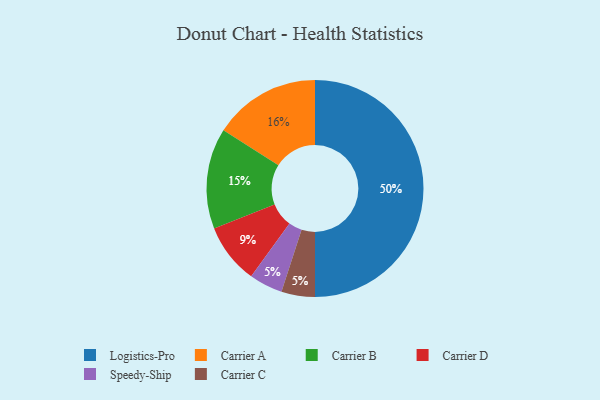
{"axis": {"x": "Category", "y": "Percentage"}, "legend": ["Carrier A", "Carrier B", "Carrier C", "Carrier D", "Logistics-Pro", "Speedy-Ship"], "data": [{"x": "Carrier B", "y": 15, "type": "Carrier B"}, {"x": "Logistics-Pro", "y": 50, "type": "Logistics-Pro"}, {"x": "Carrier A", "y": 16, "type": "Carrier A"}, {"x": "Speedy-Ship", "y": 5, "type": "Speedy-Ship"}, {"x": "Carrier D", "y": 9, "type": "Carrier D"}, {"x": "Carrier C", "y": 5, "type": "Carrier C"}]}